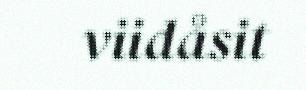
viidåsit